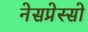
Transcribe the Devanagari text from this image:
नेसप्रेस्सो